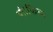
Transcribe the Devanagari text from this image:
थी।फिल्म